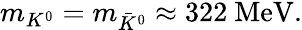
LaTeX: \begin{array}{r}{m_{K^{0}}=m_{\bar{K}^{0}}\approx 322\ \mathrm{{MeV}}.}\end{array}